Rangoon Lunatic Asylum 1878-1892 - 1878-1892
Year: 1878
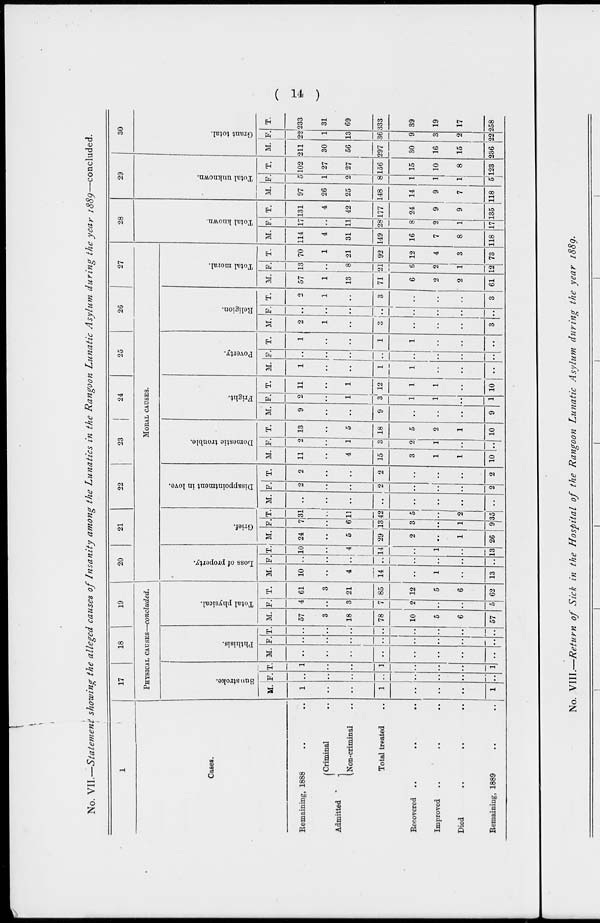
( 14 )
No. VII.—Statement showing the alleged causes of Insanity among the Lunatics in the Rangoon Lunatic Asylum during the year 1889—concluded.
1
Cases.
Remaining, 1888 .. ..
Admitted
Criminal ..
Non-criminal ..
Total treated ..
Recovered .. .. ..
Improved .. .. ..
Died .. .. ..
Remaining, 1889 .. ..
17
18
19
PHYSICAL CAUSES—concluded.
Sun stroke.
M.
1
..
..
1
..
..
..
1
F.
..
..
..
..
..
..
..
..
T.
1
..
..
1
..
..
..
1
Phthisis.
M.
..
..
..
..
..
..
..
..
F.
..
..
..
..
..
..
..
..
T.
..
..
..
..
..
..
..
..
Total physical.
M.
57
3
18
78
10
5
6
57
F.
4
..
3
7
2
..
..
5
T.
61
3
21
85
12
5
6
62
20
21
22
23
24
25
26
27
MORAL CAUSES.
Loss of property.
M.
10
..
4
14
..
1
..
13
F.
..
..
..
..
..
..
..
..
T.
10
..
4
14
..
1
..
13
Grief.
M.
24
..
5
29
2
..
1
26
F.
7
..
6
13
3
..
1
9
T.
31
..
11
42
5
..
2
35
Disappointment in love.
M.
..
..
..
..
..
..
..
..
F.
2
..
..
2
..
..
..
2
T.
2
..
..
2
..
..
..
2
Domestic trouble.
M.
11
..
4
15
3
1
1
10
F.
2
..
1
3
2
1
..
..
T.
13
..
5
18
5
2
1
10
Fright.
M.
9
..
..
9
..
..
..
9
F.
2
..
1
3
1
1
..
1
T.
11
..
1
12
1
1
..
10
Poverty.
M.
1
..
..
1
1
..
..
..
F.
..
..
..
..
..
..
..
..
T.
1
..
..
1
1
..
..
..
Religion.
M.
2
1
..
3
..
..
..
3
F.
..
..
..
..
..
..
..
..
T.
2
1
..
3
..
..
..
3
Total moral.
M.
57
1
13
71
6
2
2
61
F.
13
..
8
21
6
2
1
12
T.
70
1
21
92
12
4
3
73
28
Total known.
M.
114
4
31
149
16
7
8
118
F.
17
..
11
28
8
2
1
17
T.
131
4
42
177
24
9
9
135
29
Total unknown.
M.
97
26
25
148
14
9
7
118
F.
5
1
2
8
1
1
1
5
T.
102
27
27
156
15
10
8
123
30
Grant total.
M.
211
30
56
297
30
16
15
236
F.
22
1
13
36
9
3
2
22
T.
233
31
69
333
39
19
17
258